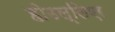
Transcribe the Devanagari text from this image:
होउल्लिएर